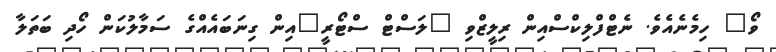
ވޯ" ހިމެނެއެވެ. ނެޓްފްލިކްސްއިން ރިލީޒްވި "ލަސްޓް ސްޓޯރީ"އިން ގިނަބައެއްގެ ސަމާލުކަން ހޯދި ބަތަލާ